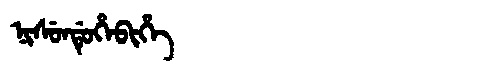
Manchu: ᠨᡳᠰᡠᠨᡩᡠᡥᡝᠪᡳᡥᡝ
Romanization: NISUNDUHEBIHE